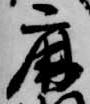
鹿